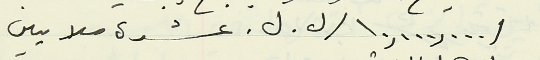
/١٠,٠٠٠,٠٠٠/ ل. ل. عشرة ملايين